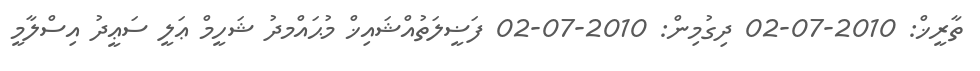
ތާރީޚް: 2010-07-02 ދިގުމިން: 2010-07-02 ފަޟީލަތުއްޝައިޚް މުޙައްމދު ޝަހީމް ޢަލީ ސަޢީދު އިސްލާމީ